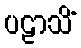
ပဠာသိံ